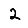
Digit: 2